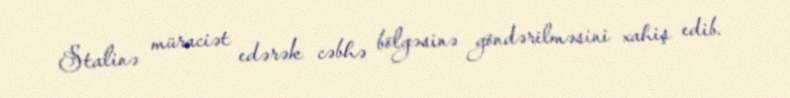
Stalinə müraciət edərək cəbhə bölgəsinə göndərilməsini xahiş edib.